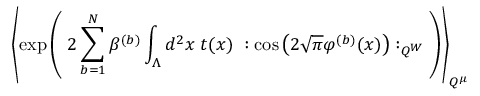
\left\langle \exp \left( \; 2 \sum _ { b = 1 } ^ { N } \beta ^ { ( b ) } \int _ { \Lambda } d ^ { 2 } x \; t ( x ) \; : \cos \left( 2 \sqrt { \pi } \varphi ^ { ( b ) } ( x ) \right) : _ { Q ^ { W } } \; \right) \right\rangle _ { Q ^ { \mu } }